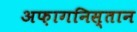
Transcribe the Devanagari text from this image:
अफ़ागनिस्तान